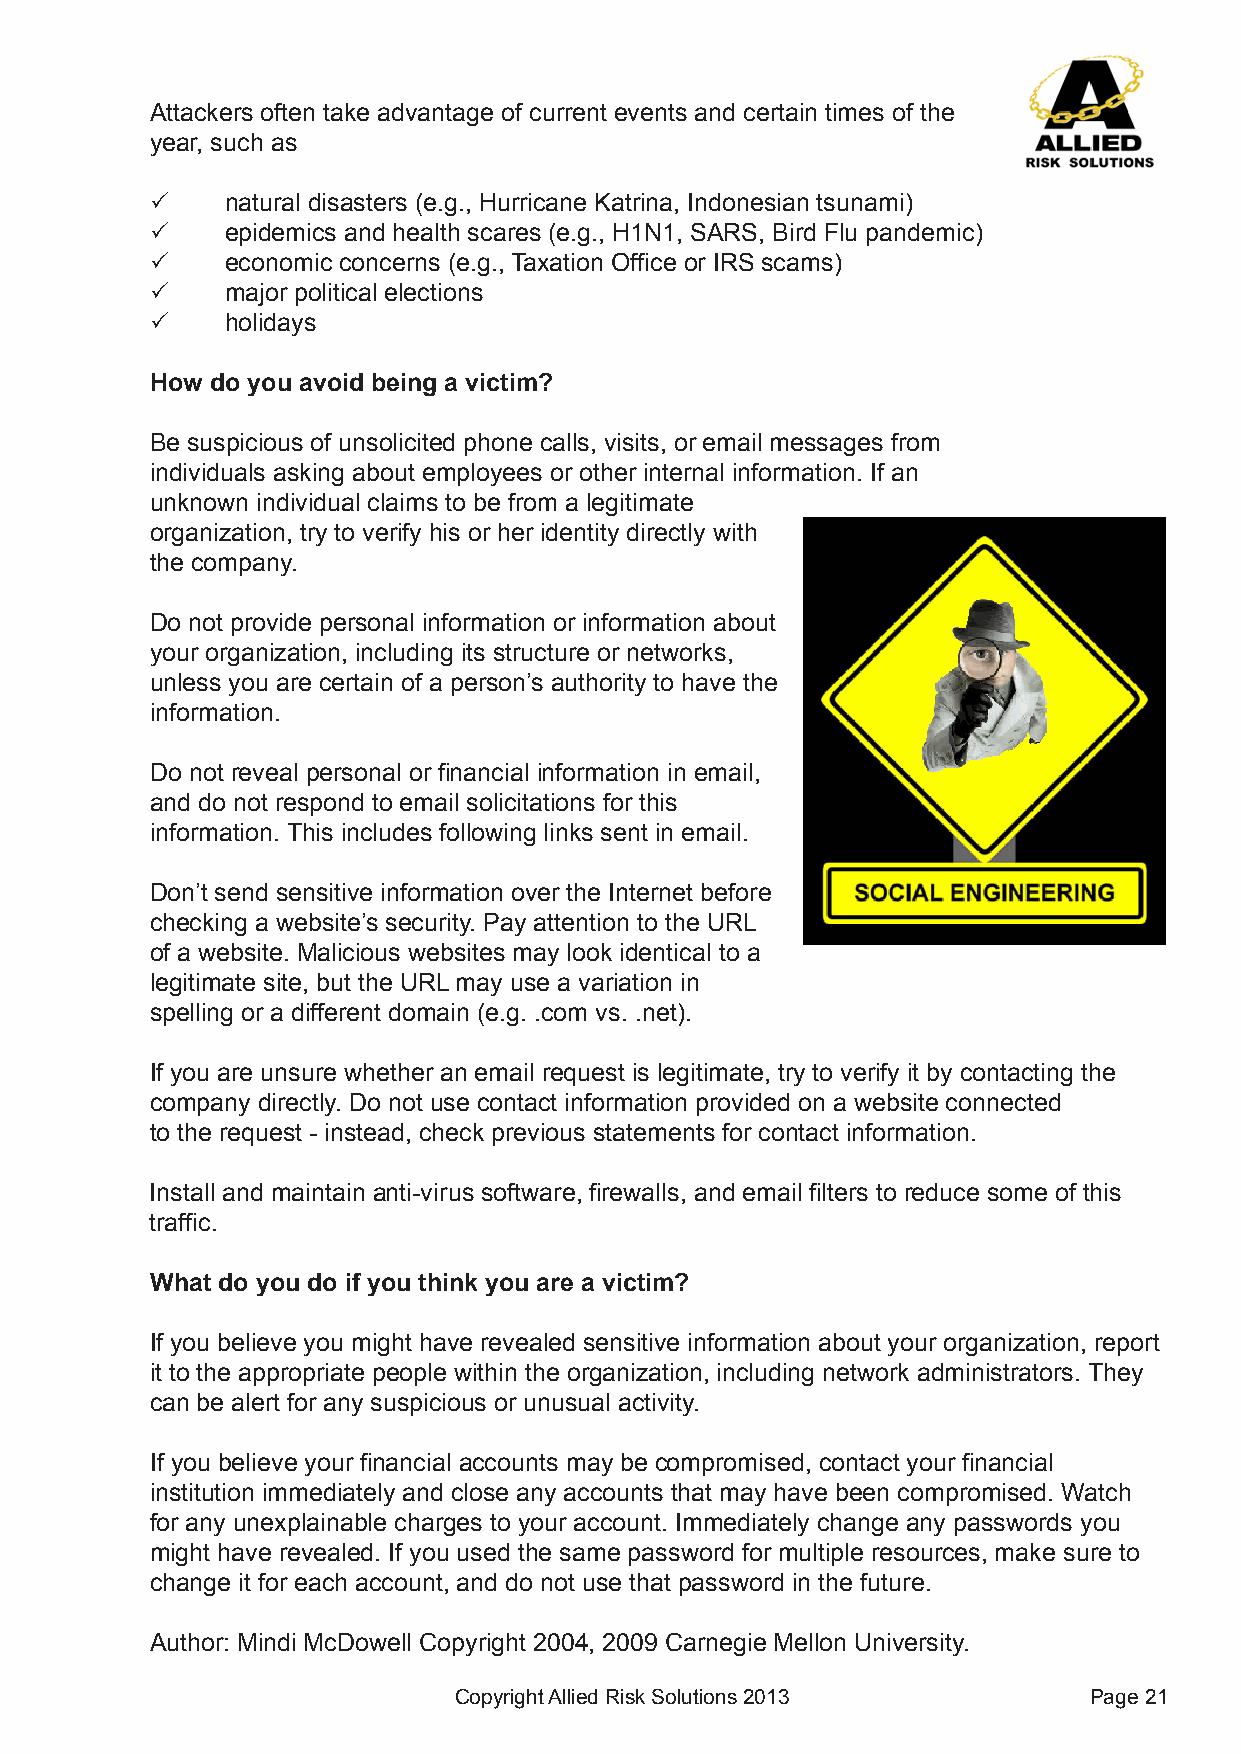
Attackers often take advantage of current events and certain times of the
 year, such as
 P    natural disasters (e.g., Hurricane Katrina, Indonesian tsunami)
 P    epidemics and health scares (e.g., H1N1, SARS, Bird Flu pandemic)
 P    economic concerns (e.g., Taxation Office or IRS scams)
 P    major political elections
 P    holidays
 How do you avoid being a victim?
 Be suspicious of unsolicited phone calls, visits, or email messages from
 individuals asking about employees or other internal information. If an
 unknown individual claims to be from a legitimate
 organization, try to verify his or her identity directly with
 the company.
 Do not provide personal information or information about
 your organization, including its structure or networks,
 unless you are certain of a person’s authority to have the
 information.
 Do not reveal personal or financial information in email,
 and do not respond to email solicitations for this
 information. This includes following links sent in email.
 Don’t send sensitive information over the Internet before
 checking a website’s security. Pay attention to the URL
 of a website. Malicious websites may look identical to a
 legitimate site, but the URL may use a variation in
 spelling or a different domain (e.g. .com vs. .net).
 If you are unsure whether an email request is legitimate, try to verify it by contacting the
 company directly. Do not use contact information provided on a website connected
 to the request - instead, check previous statements for contact information.
 Install and maintain anti-virus software, firewalls, and email filters to reduce some of this
 traffic.
 What do you do if you think you are a victim?
 If you believe you might have revealed sensitive information about your organization, report
 it to the appropriate people within the organization, including network administrators. They
 can be alert for any suspicious or unusual activity.
 If you believe your financial accounts may be compromised, contact your financial
 institution immediately and close any accounts that may have been compromised. Watch
 for any unexplainable charges to your account. Immediately change any passwords you
 might have revealed. If you used the same password for multiple resources, make sure to
 change it for each account, and do not use that password in the future.
 Author: Mindi McDowell Copyright 2004, 2009 Carnegie Mellon University.
 Copyright Allied Risk Solutions 2013      Page 21